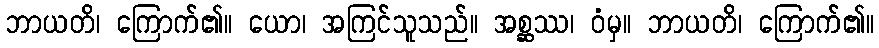
ဘာယတိ၊ ကြောက်၏။ ယော၊ အကြင်သူသည်။ အစ္ဆဿ၊ ဝံမှ။ ဘာယတိ၊ ကြောက်၏။